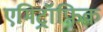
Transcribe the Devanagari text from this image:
एमिट्रॉफ़िक